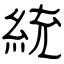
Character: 統